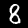
Digit: 8